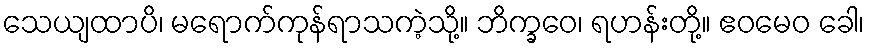
သေယျထာပိ၊ မရောက်ကုန်ရာသကဲ့သို့။ ဘိက္ခဝေ၊ ရဟန်းတို့။ ဧဝမေဝ ခေါ၊